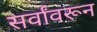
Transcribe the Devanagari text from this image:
सर्वांवरून